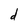
Character: d